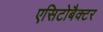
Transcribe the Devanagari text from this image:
एसिटोबैक्टर